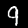
Digit: 9